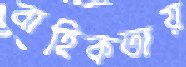
বাহিকতায়